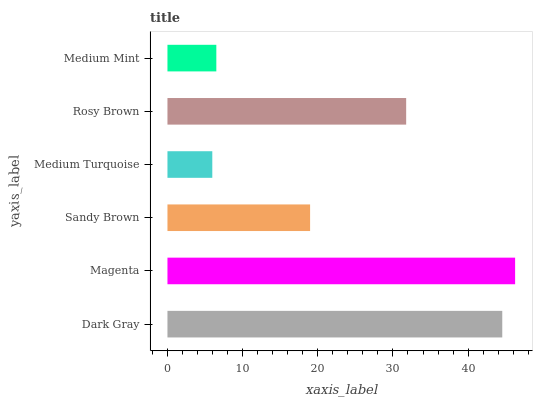
| yaxis_label | bars |
 | --- | --- |
 | Dark Gray | 44.5 |
 | Magenta | 46.3 |
 | Sandy Brown | 19 |
 | Medium Turquoise | 5.97 |
 | Rosy Brown | 31.8 |
 | Medium Mint | 6.5 |